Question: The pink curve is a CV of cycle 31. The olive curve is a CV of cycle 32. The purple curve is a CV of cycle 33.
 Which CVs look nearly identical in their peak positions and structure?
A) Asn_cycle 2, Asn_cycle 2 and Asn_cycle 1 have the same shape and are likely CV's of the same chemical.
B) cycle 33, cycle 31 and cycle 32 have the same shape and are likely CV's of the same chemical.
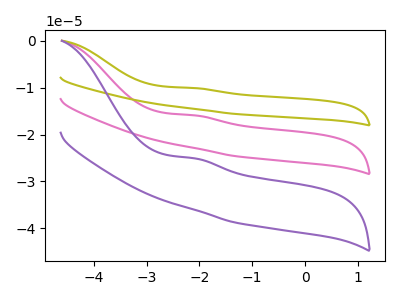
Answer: <think>The pink curve "cycle 31" has an anodic peak at: (-2.10V, -15.90uA). The olive curve "cycle 32" has an anodic peak at: (-2.10V, -31.85uA). The purple curve "cycle 33" has an anodic peak at: (-2.10V, -25.10uA).
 All the peaks in "cycle 31" have a peak in "cycle 32" at the same potential. Every peak in "cycle 31" is higher than every peak in "cycle 32". All the peaks in "cycle 31" have a peak in "cycle 33" at the same potential. Every peak in "cycle 31" is higher than every peak in "cycle 33". All the peaks in "cycle 32" have a peak in "cycle 33" at the same potential. Every peak in "cycle 32" is lower than every peak in "cycle 33".</think>
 <answer>B) "cycle 33", "cycle 31" and "cycle 32" have the same shape and are likely CV's of the same chemical.</answer>
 <eval>B</eval>